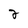
Character: 2